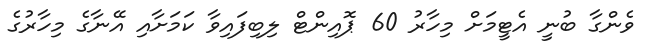
ވެންގާ ބުނީ އެޓީމަށް މިހާރު 60 ޕޮއިންޓް ލިބިފައިވާ ކަމަށާއި އޭނާގެ މިހާރުގެ